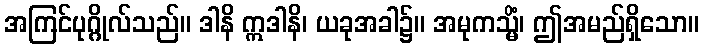
အကြင်ပုဂ္ဂိုလ်သည်။ ဒါနိ ဣဒါနိ၊ ယခုအခါ၌။ အမုကသ္မိံ၊ ဤအမည်ရှိသော။